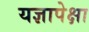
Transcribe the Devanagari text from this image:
यज्ञापेक्षा